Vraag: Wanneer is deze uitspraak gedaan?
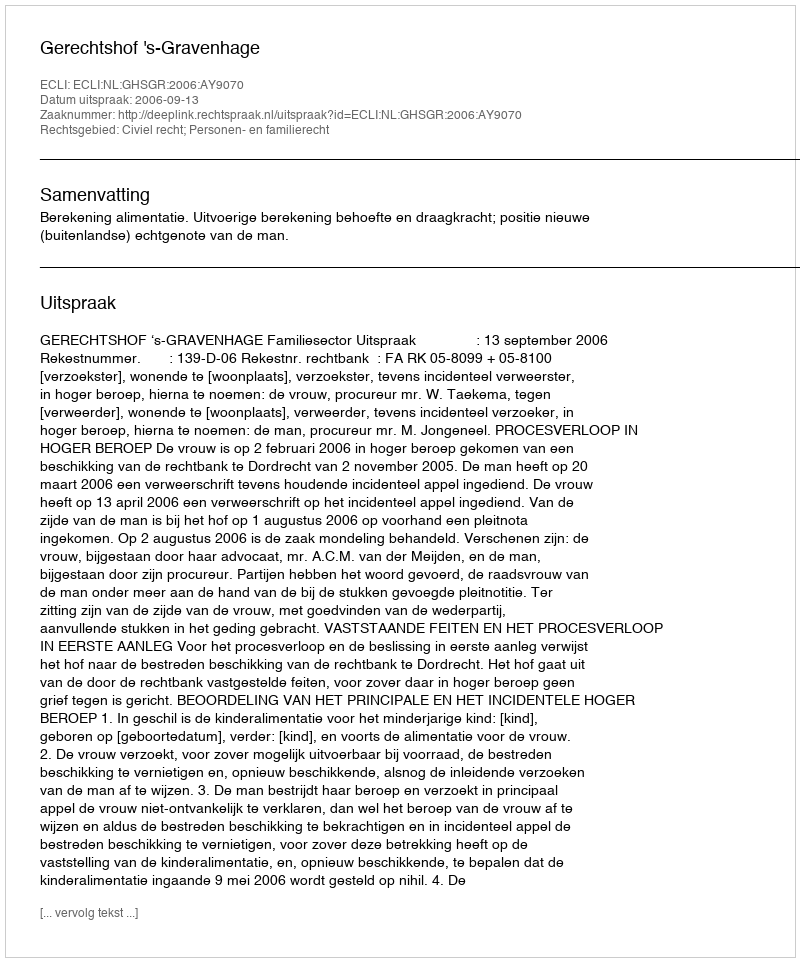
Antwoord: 2006-09-13